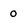
Character: 0